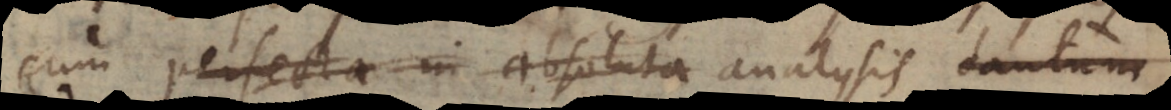
cum perfecta in absoluta analysis tantum